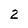
Character: 2